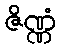
ဇိဏ္ဏံ